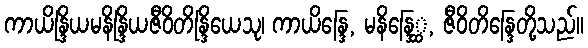
ကာယိန္ဒြိယမနိန္ဒြိယဇီဝိတိန္ဒြိယေသု၊ ကာယိန္ဒြေ, မနိန္ဒြေ္ထ, ဇီဝိတိန္ဒြေတို့သည်။